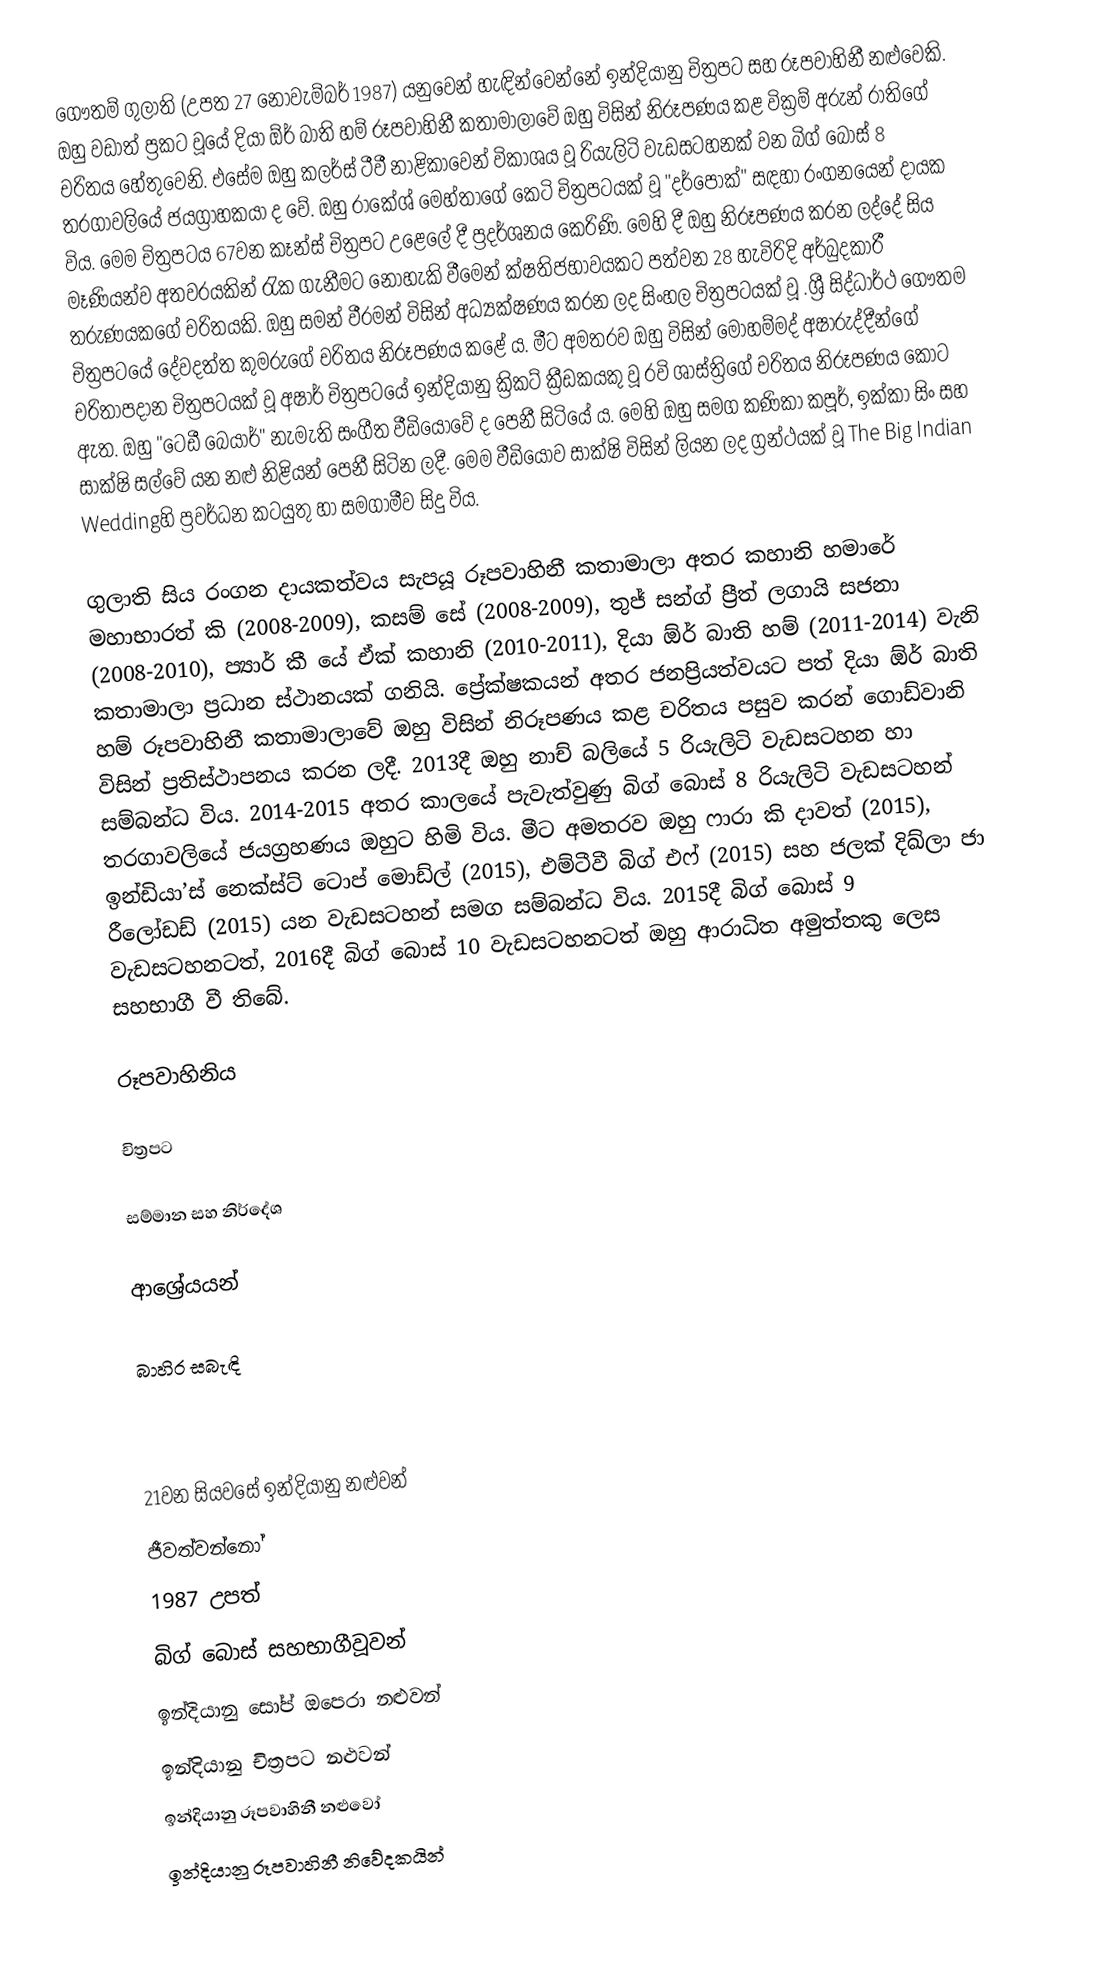
ගෞතම් ගුලාති (උපත 27 නොවැම්බර් 1987) යනුවෙන් හැඳින්වෙන්නේ ඉන්දියානු චිත්‍රපට සහ රූපවාහිනී නළුවෙකි. ඔහු වඩාත් ප්‍රකට වූයේ දියා ඕර් බාති හම් රූපවාහිනී කතාමාලාවේ ඔහු විසින් නිරූපණය කළ වික්‍රම් අරුන් රාතිගේ චරිතය හේතුවෙනි. එසේම ඔහු කලර්ස් ටීවී නාළිකාවෙන් විකාශය වූ රියැලිටි වැඩසටහනක් වන බිග් බොස් 8 තරගාවලියේ ජයග්‍රාහකයා ද වේ. ඔහු රාකේශ් මෙහ්තාගේ කෙටි චිත්‍රපටයක් වූ "දර්පොක්" සඳහා රංගනයෙන් දායක විය. මෙම චිත්‍රපටය 67වන කෑන්ස් චිත්‍රපට උළෙලේ දී ප්‍රදර්ශනය කෙරිණි. මෙහි දී ඔහු නිරූපණය කරන ලද්දේ සිය මෑණියන්ව අතවරයකින් රැක ගැනීමට නොහැකි වීමෙන් ක්ෂතිජභාවයකට පත්වන 28 හැවිරිදි අර්බුදකාරී තරුණයකගේ චරිතයකි. ඔහු සමන් වීරමන් විසින් අධ්‍යක්ෂණය කරන ලද සිංහල චිත්‍රපටයක් වූ .ශ්‍රී සිද්ධාර්ථ ගෞතම චිත්‍රපටයේ දේවදත්ත කුමරුගේ චරිතය නිරූපණය කළේ ය. මීට අමතරව ඔහු විසින් මොහම්මද් අෂාරුද්දීන්ගේ චරිතාපදාන චිත්‍රපටයක් වූ අෂාර් චිත්‍රපටයේ ඉන්දියානු ක්‍රිකට් ක්‍රීඩකයකු වූ රවි ශාස්ත්‍රිගේ චරිතය නිරූපණය කොට ඇත. ඔහු "ටෙඩී බෙයාර්" නැමැති සංගීත වීඩියෝවේ ද පෙනී සිටියේ ය. මෙහි ඔහු සමග කණිකා කපූර්, ඉක්කා සිං සහ සාක්ෂි සල්වේ යන නළු නිළියන් පෙනී සිටින ලදී. මෙම වීඩියෝව සාක්ෂි විසින් ලියන ලද ග්‍රන්ථයක් වූ The Big Indian Weddingහි ප්‍රවර්ධන කටයුතු හා සමගාමීව සිදු විය.

ගුලාති සිය රංගන දායකත්වය සැපයූ රූපවාහිනී කතාමාලා අතර කහානි හමාරේ මහාභාරත් කි (2008-2009), කසම් සේ (2008-2009), තුජ් සන්ග් ප්‍රීත් ලගායි සජනා (2008-2010), ප්‍යාර් කී යේ ඒක් කහානි (2010-2011), දියා ඕර් බාති හම් (2011-2014) වැනි කතාමාලා ප්‍රධාන ස්ථානයක් ගනියි. ප්‍රේක්ෂකයන් අතර ජනප්‍රියත්වයට පත් දියා ඕර් බාති හම් රූපවාහිනී කතාමාලාවේ ඔහු විසින් නිරූපණය කළ චරිතය පසුව කරන් ගොඩ්වානි විසින් ප්‍රතිස්ථාපනය කරන ලදී. 2013දී ඔහු නාච් බලියේ 5 රියැලිටි වැඩසටහන හා සම්බන්ධ විය. 2014-2015 අතර කාලයේ පැවැත්වුණු බිග් බොස් 8 රියැලිටි වැඩසටහන් තරගාවලියේ ජයග්‍රහණය ඔහුට හිමි විය. මීට අමතරව ඔහු ෆාරා කි දාවත් (2015), ඉන්ඩියා’ස් නෙක්ස්ට් ටොප් මොඩ්ල් (2015), එම්ටීවී බිග් එෆ් (2015) සහ ජලක් දිඛ්ලා ජා රීලෝඩඩ් (2015) යන වැඩසටහන් සමග සම්බන්ධ විය. 2015දී බිග් බොස් 9 වැඩසටහනටත්, 2016දී බිග් බොස් 10 වැඩසටහනටත් ඔහු ආරාධිත අමුත්තකු ලෙස සහභාගී වී තිබේ.

රූපවාහිනිය

චිත්‍රපට

සම්මාන සහ නිර්දේශ

ආශ්‍රේයයන්

බාහිර සබැඳි

21වන සියවසේ ඉන්දියානු නළුවන්
ජීවත්වන්නෝ
1987 උපත්
බිග් බොස් සහභාගීවූවන්
ඉන්දියානු සෝප් ඔපෙරා නළුවන්
ඉන්දියානු චිත්‍රපට නළුවන්
ඉන්දියානු රූපවාහිනී නළුවෝ
ඉන්දියානු රූපවාහිනී නිවේදකයින්